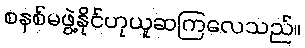
စနစ်မဖွဲ့နိုင်ဟုယူဆကြလေသည်။